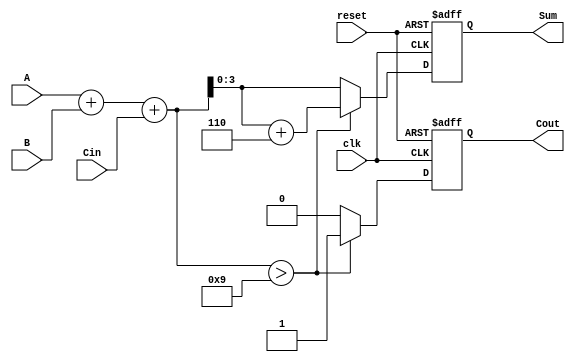
module BCD_Sequential_Adder (
    input wire [3:0] A,    // 4-bit BCD input A
    input wire [3:0] B,    // 4-bit BCD input B
    input wire Cin,        // 1-bit carry input
    input wire clk,        // Clock signal
    input wire reset,      // Reset signal
    output reg [3:0] Sum,  // 4-bit BCD sum output
    output reg Cout        // 1-bit carry output
);

    reg [4:0] Temp;        // 5-bit temporary result

    always @(posedge clk or posedge reset) begin
        if (reset) begin
            Sum <= 4'b0000; // Reset Sum to 0
            Cout <= 1'b0;   // Reset Cout to 0
        end else begin
            // Step 1: Perform binary addition
            Temp = A + B + Cin;

            // Step 2: BCD adjustment
            if (Temp > 5'd9) begin
                Temp = Temp + 5'd6; // Adjust for BCD if necessary
                Cout <= 1'b1;       // Set carry out
            end else begin
                Cout <= 1'b0;       // No carry out
            end
            
            // Output the lower 4 bits as the BCD Sum
            Sum <= Temp[3:0];
        end
    end

endmodule